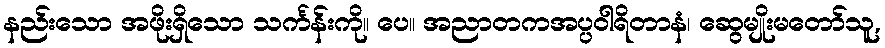
နည်းသော အဖိုးရှိသော သင်္ကန်းကို။ ပေ။ အညာတကအပ္ပဝါရိတာနံ၊ ဆွေမျိုးမတော်သူ,